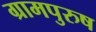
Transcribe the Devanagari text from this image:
ग्रामपुरुष